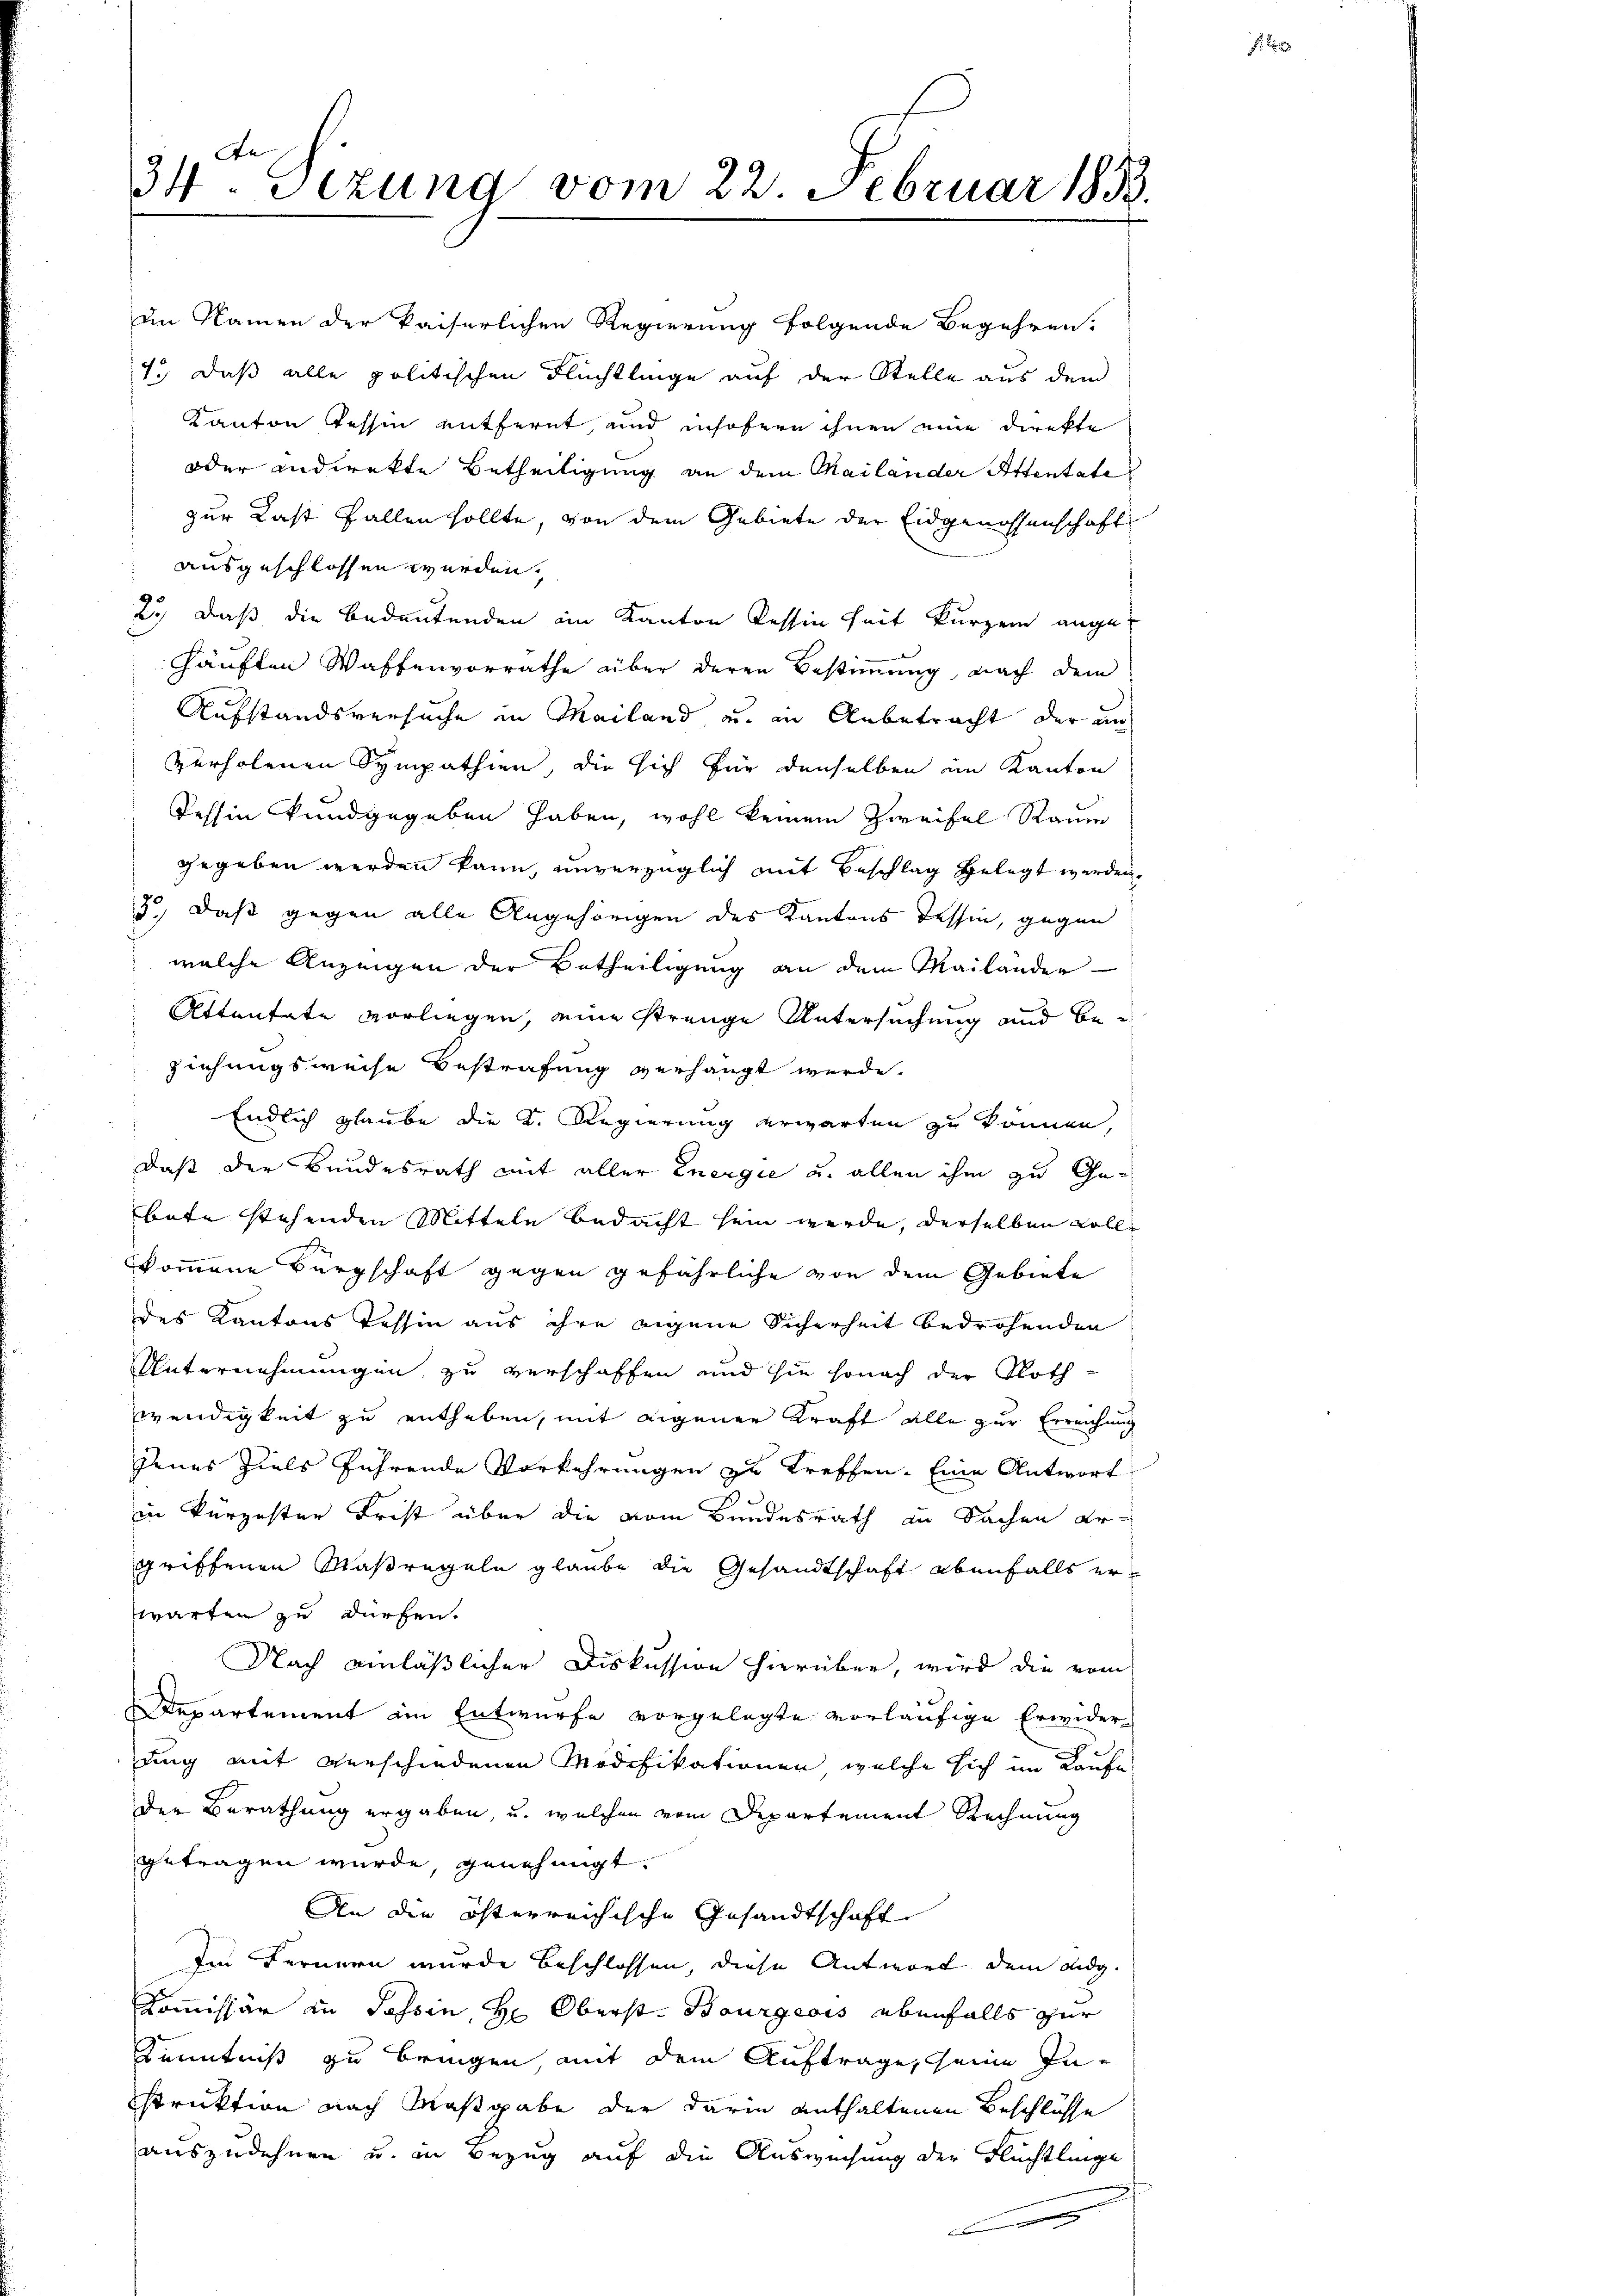
34. Sezung vom 22. Februar 1833.

in Namen der kaiserlichen Regierung folgende Begehren.
4.) Daß alle politischen Flüchtlinge auf der Stelle aus dem
Kanton Tessin entfernt, und insofern ihnen eine Direkte
oder andirekte Betheiligung an dem Mailander Attentate
zur Last fallen sollte, von dem Gebiete der Eidgenossenschaft
ausgeschlossen werden.
2., daß die Bedeutenden im Kanton Tessin heit kurzem angehäuften Waffenvorrathe über deren Bestimmung, nach dem
Aufstandsversuche in Mailand, u. in Anbetracht der an
verholenen Sympathien, die sich für denselben im Kanton
Tessin kundgegeben haben, wohl keinem Zweifel Raum
gegeben werden kann, unverzüglich mit Beschlag gelegt werden,
3, daß gegen alle Angehörigen des Kantons Tessin, gegen
welche Anzeigen der Betheiligung an dem Mailander
Attentate vorliegen, eine strenge Untersuchung und Beziehungsweise Bestrafung verhängt werde.
Endlich glaube die K. Regierung erwarten zu können,
daß der Bundesrath mit aller Energie u. allen ihm zu Gebute stehenden Mitteln bedacht sein werde, derselben wolle
kommene Bürgschaft gegen gefährliche von dem Gebiete
des Kantons Tessin aus ihre eigene Sicherheit bedrohenden
UUnternehmungen, zu verschaffen und sie sonach der Noth-
wendigkeit zu entheben, mit eigener Kraft alle zur Erreichung
jenes Ziels führende Vorkehrungen zu treffen. Eine Antwort
in kürzester Frist über die vom Bundesrath zu Sachen argriffenen Maßregeln glaube die Gesandtschaft ebenfalls erwarten zu dürfen.
Nach einläßlicher Diskussion hierüber, wird die vom
Departement im Entwurfe vorgelegte vorläufige Erwider-
ung mit verschiedenen Modifikationen, welche sich im Kaufe
der Berathung ergaben, u. welchen vom Departement Rechnung
getragen würde, genehmigt.
An die österreichische Gesandtschaft
Im Fernern wurde beschlossen, diese Antwort dem eidg.
Kommissär in Tessin, Hr. Oberst Baurgeois ebenfalls zur
Kenntniß zu bringen mit dem Auftrage, seine Instruktion nach Maßgabe der darin enthaltenen Beschlüsse
auszudehnen u. in Bezug auf die Ausweisung der Flüchtlinge

i